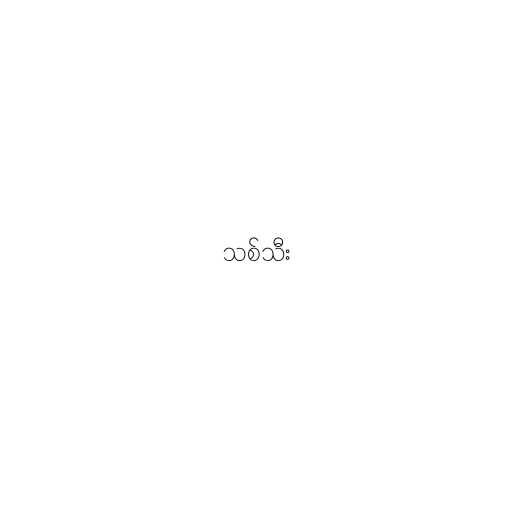
သစ်သီး